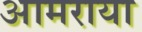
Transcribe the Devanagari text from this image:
आमराया